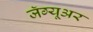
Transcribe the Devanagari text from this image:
जॅग्यूअर